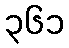
၃၆၁